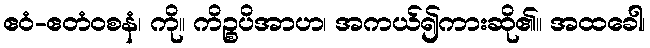
ဧဝံ-ဧတံဝစနံ၊ ကို။ ကိဉ္စပိအာဟ၊ အကယ်၍ကားဆို၏။ အထခေါ၊